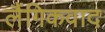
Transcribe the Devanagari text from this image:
लैंगिकवाद